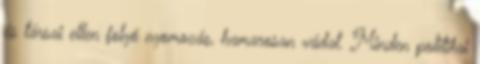
és társai ellen folyó nyomozás, hamarosan vádat. Minden politikai